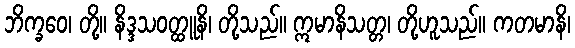
ဘိက္ခဝေ၊ တို့။ နိဒ္ဒသဝတ္ထူနိ၊ တို့သည်။ ဣမာနိသတ္တ၊ တို့ဟူသည်။ ကတမာနိ၊